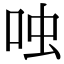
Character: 𫩮